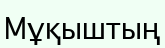
Мұқыштың